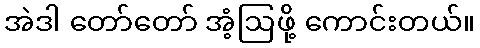
အဲဒါ တော်တော် အံ့ဩဖို့ ကောင်းတယ်။